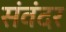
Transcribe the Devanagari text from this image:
संवंदर